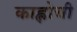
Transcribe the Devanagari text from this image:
काह्लोची